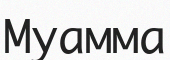
Муамма